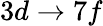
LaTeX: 3d\rightarrow 7f